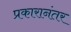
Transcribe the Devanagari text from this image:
प्रकारानंतर